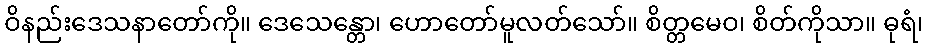
ဝိနည်းဒေသနာတော်ကို။ ဒေသေန္တော၊ ဟောတော်မူလတ်သော်။ စိတ္တမေဝ၊ စိတ်ကိုသာ။ ဓုရံ၊